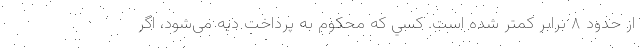
از حدود ۸ برابر كمتر شده است. كسي كه محكوم به پرداخت ديه می‌شود، اگر